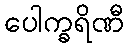
ပေါက္ခရိဏီ